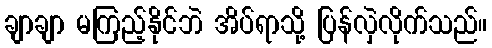
ချာချာ မကြည့်နိုင်ဘဲ အိပ်ရာသို့ ပြန်လှဲလိုက်သည်။